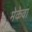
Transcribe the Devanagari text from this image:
मेकेवा